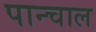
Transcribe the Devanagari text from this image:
पान्चाल